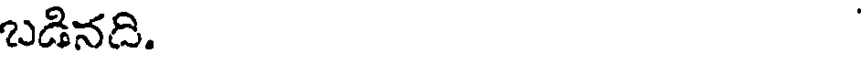
బడినది.